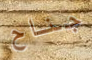
جناح